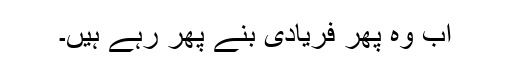
اب وہ پھر فریادی بنے پھر رہے ہیں۔